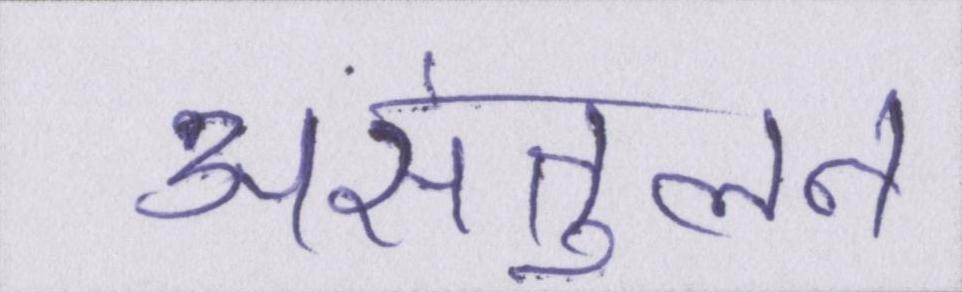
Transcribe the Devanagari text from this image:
असंतुलन